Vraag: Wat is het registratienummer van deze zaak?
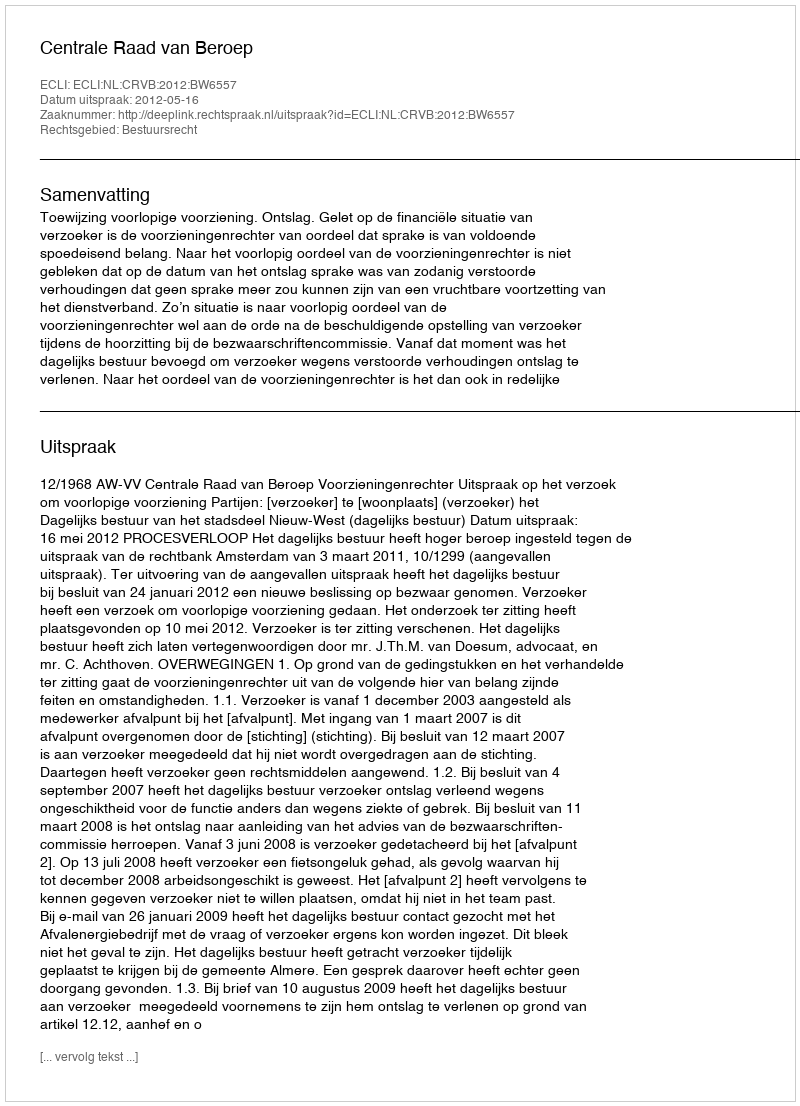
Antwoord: http://deeplink.rechtspraak.nl/uitspraak?id=ECLI:NL:CRVB:2012:BW6557